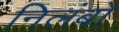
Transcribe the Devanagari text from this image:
निलंबो